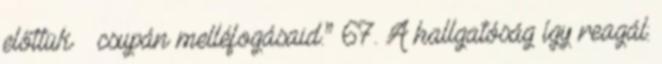
előttük – csupán melléfogásaid.” 67. A hallgatóság így reagál: